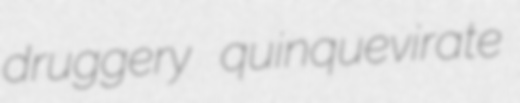
druggery quinquevirate